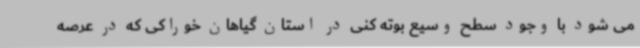
می شود با وجود سطح وسیع بوته کنی در استان گیاهان خوراکی که در عرصه